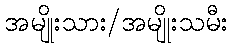
အမျိုးသား/အမျိုးသမီး